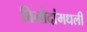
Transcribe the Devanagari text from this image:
विनोदांमधली